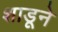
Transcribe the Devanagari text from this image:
शाडूने